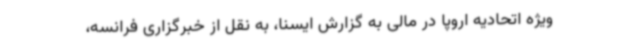
ویژه اتحادیه اروپا در مالی به گزارش ایسنا، به نقل از خبرگزاری فرانسه،